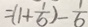
= ( 1 + \frac { 1 } { 6 } ) - \frac { 1 } { 6 }